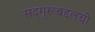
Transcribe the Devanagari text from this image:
सद्‌गुरूबद्दलची